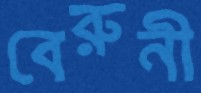
বেরুনী